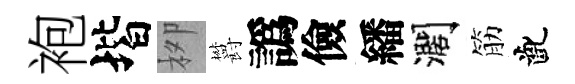
袍堦栁欝譌儉繙濶筋齔